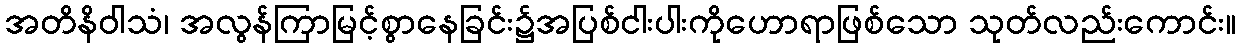
အတိနိဝါသံ၊ အလွန်ကြာမြင့်စွာနေခြင်း၌အပြစ်ငါးပါးကိုဟောရာဖြစ်သော သုတ်လည်းကောင်း။